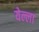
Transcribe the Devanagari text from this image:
येल्ला